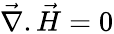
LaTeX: \vec{\nabla}.\vec{H}=0